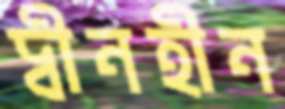
দ্বীনহীন